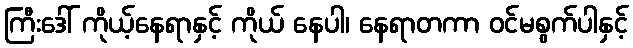
ကြီးဒေါ် ကိုယ့်နေရာနှင့် ကိုယ် နေပါ၊ နေရာတကာ ဝင်မစွက်ပါနှင့်